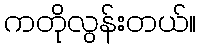
ကတိုလွန်းတယ်။